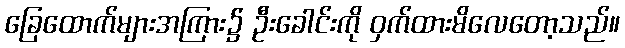
ခြေထောက်များအကြား၌ ဦးခေါင်းကို ဝှက်ထားမိလေတော့သည်။